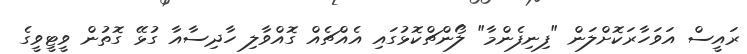
ރައީސް އަވަހާރަކޮށްލަން "ފިނިފެންމާ" ލޯންޗްކޮޅުގައި އެއްޗެއް ގޮއްވާލި ހާދިސާއާ ގުޅޭ ގޮތުން ވީޓީވީގެ